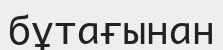
бұтағынан